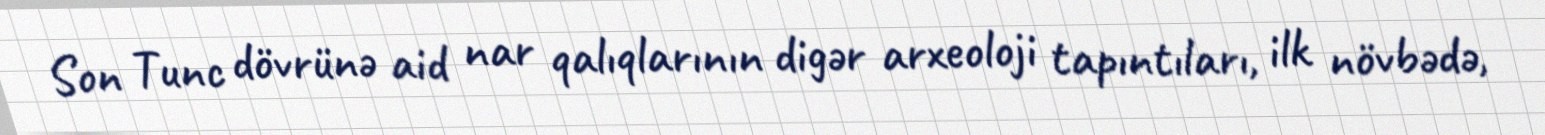
Son Tunc dövrünə aid nar qalıqlarının digər arxeoloji tapıntıları, ilk növbədə,